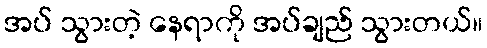
အပ် သွားတဲ့ နေရာကို အပ်ချည် သွားတယ်။